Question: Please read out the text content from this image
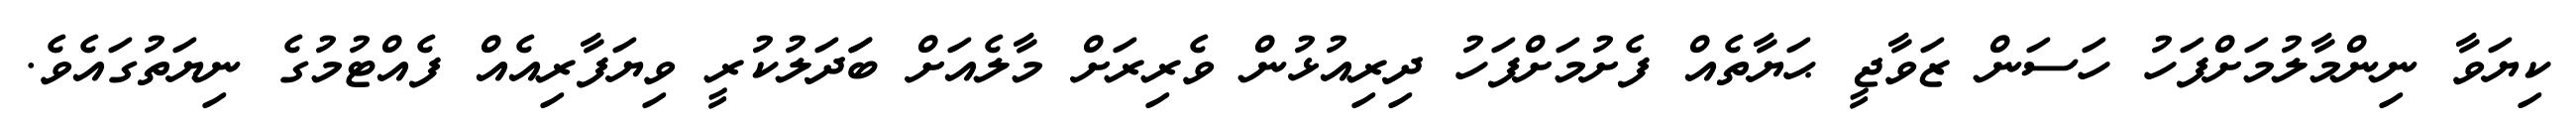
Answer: ކިޔަވާ ނިންމާލުމަށްފަހު ހަސަން ޒަވާޖީ ޙަޔާތެއް ފެށުމަށްފަހު ދިރިއުޅުން ވެރިރަށް މާލެއަށް ބަަދަލުކުރީ ވިޔަފާރިއެއް ފެއްޓުމުގެ ނިޔަތުގައެވެ.